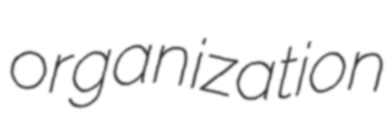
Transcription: organization